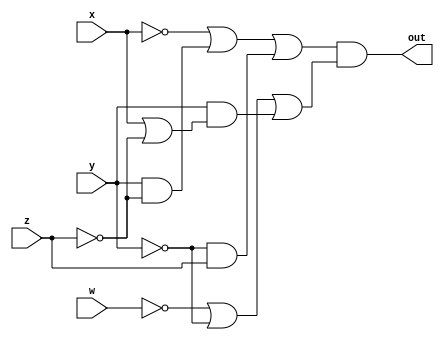
`timescale 1ns / 1ps
//////////////////////////////////////////////////////////////////////////////////
// Company: 
// Engineer: 
// 
// Design Name: 
// Module Name: b_2
// Project Name: 
// Target Devices: 
// Tool Versions: 
// Description: 
// 
// Dependencies: 
// 
// Revision:
// Revision 0.01 - File Created
// Additional Comments:
// 
//////////////////////////////////////////////////////////////////////////////////


module b_2(
    input w,
    input x,
    input y,
    input z,
    output out
    );
assign out =((~x)|y&(~z)|(~y)&z) & ((~w)|(~y)|y&(x|(~z)));
endmodule